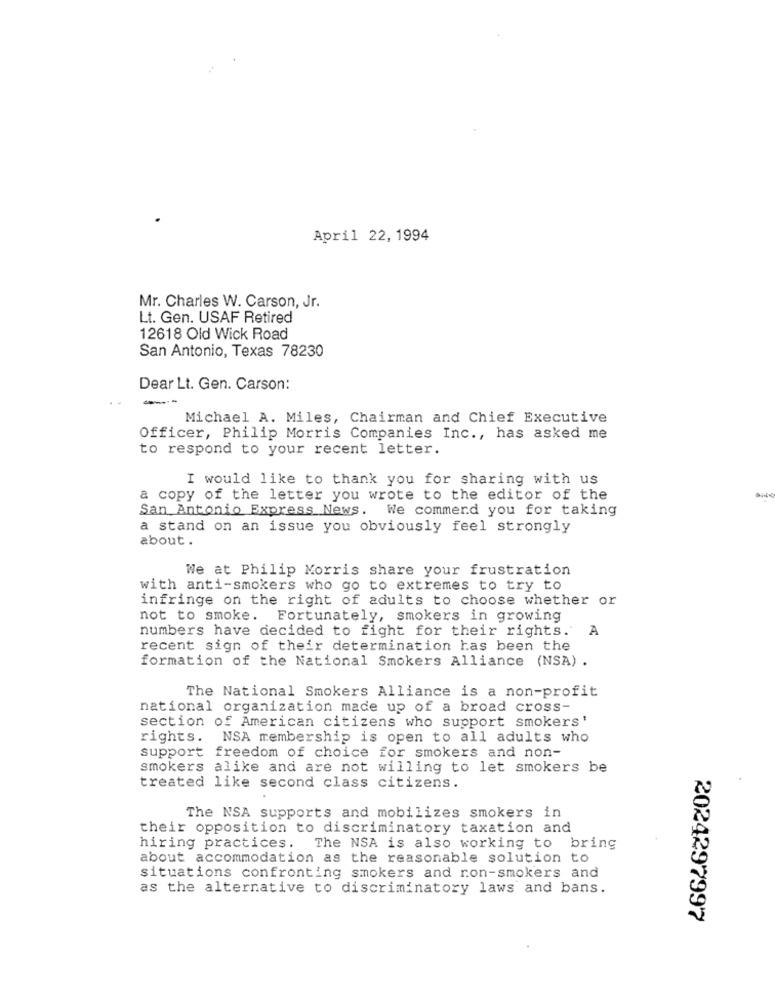
April 22, 1994
Mr. Charles W. Carson, Jr.
Lt. Gen. USAF Retired
12618 Old Wick Road
San Antonio, Texas 78230
Dear Lt. Gen. Carson:
---
Michael A. Miles, Chairman and Chief Executive
Officer, Philip Morris Companies Inc ., has asked me
to respond to your recent letter.
I would like to thank you for sharing with us
a copy of the letter you wrote to the editor of the
San Antonio Express News. We commend you for taking
a stand on an issue you obviously feel strongly
about.
We at Philip Morris share your frustration
with anti-smokers who go to extremes to try to
infringe on the right of adults to choose whether or
not to smoke. Fortunately, smokers in growing
numbers have decided to fight for their rights."
A
recent sign of their determination has been the
formation of the National Smokers Alliance (NSA) .
The National Smokers Alliance is a non-profit
national organization made up of a broad cross-
section of American citizens who support smokers'
rights. NSA membership is open to all adults who
support freedom of choice for smokers and non-
smokers alike and are not willing to let smokers be
treated like second class citizens.
The NSA supports and mobilizes smokers in
their opposition to discriminatory taxation and
hiring practices. The NSA is also working to bring
about accommodation as the reasonable solution to
situations confronting smokers and ron-smokers and
as the alternative to discriminatory laws and bans.
2024297997